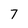
Character: 7